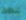
نحن